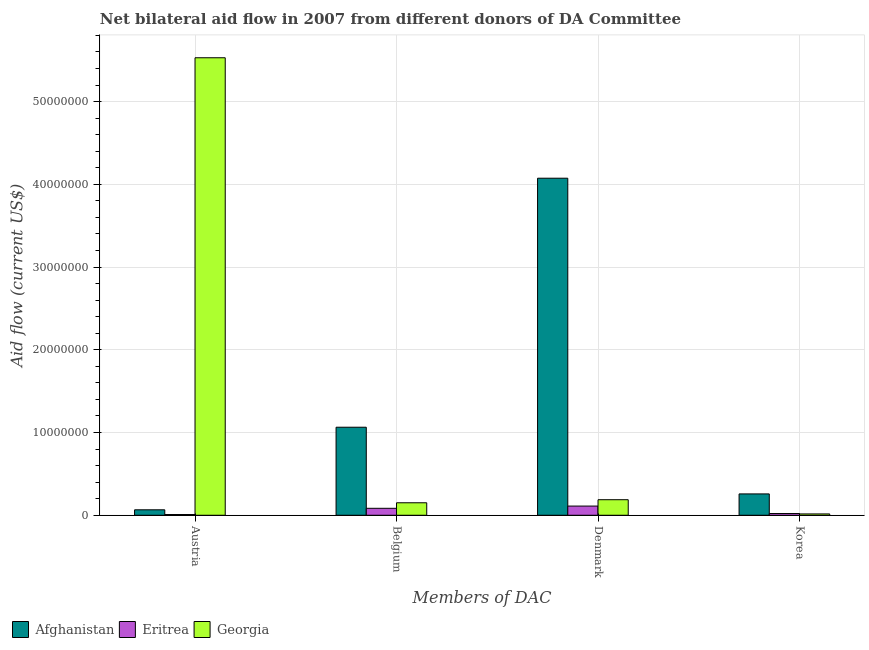
| Members of DAC | Afghanistan | Eritrea | Georgia |
 | --- | --- | --- | --- |
 | Austria | 6.6e+05 | 9e+04 | 5.53e+07 |
 | Belgium | 1.06e+07 | 8.4e+05 | 1.51e+06 |
 | Denmark | 4.07e+07 | 1.11e+06 | 1.88e+06 |
 | Korea | 2.58e+06 | 2.1e+05 | 1.6e+05 |